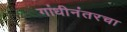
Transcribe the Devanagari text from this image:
गांधीनंतरचा